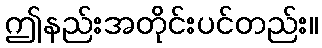
ဤနည်းအတိုင်းပင်တည်း။